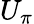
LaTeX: U_{\pi}